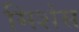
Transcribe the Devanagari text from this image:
मिशंस